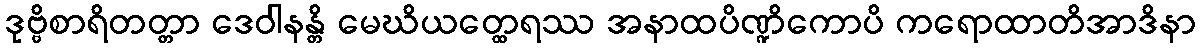
ဒုဗ္ဗိစာရိတတ္တာ ဒေဝါနန္တိ မေဃိယတ္ထေရဿ အနာထပိဏ္ဍိကောပိ ကရောထာတိအာဒိနာ